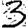
Digit: 3